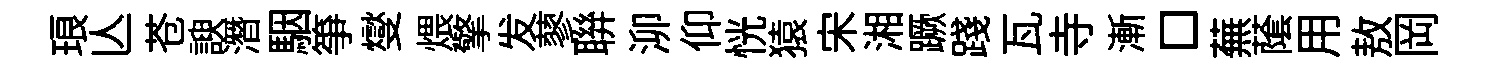
琅亾苍諛潛駰筝燮煨擎发蓼聨泖仰恍猿宋湘蹶踐瓦寺漸□蕪䕃用敖岡